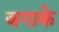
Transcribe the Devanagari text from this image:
जगाके